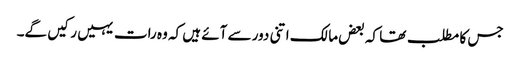
جس کا مطلب تھا کہ بعض مالک اتنی دور سے آئے ہیں کہ وہ رات یہیں رکیں گے۔